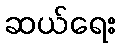
ဆယ်ရေး